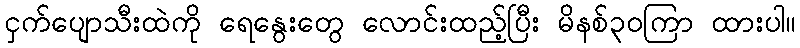
ငှက်ပျောသီးထဲကို ရေနွေးတွေ လောင်းထည့်ပြီး မိနစ်၃၀ကြာ ထားပါ။